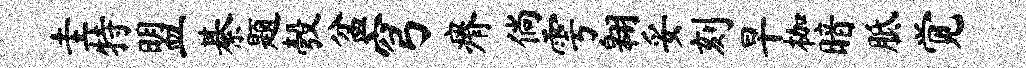
圭特盟綦题彀盆穹瘠倘雩翱妥刻早枷暗胝觉